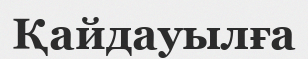
Қайдауылға